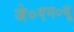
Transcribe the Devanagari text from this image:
जे०एन०यू